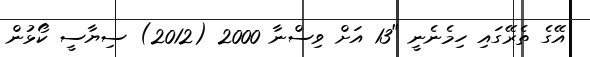
އޭގެ ތެރޭގައި ހިމެނެނީ "13 އަށް ވިސްނާ 2000 (2012) ސިޔާސީ ކޯޅުން